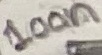
Text: 100n